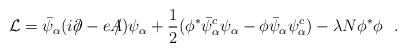
LaTeX: \begin{align*}{\cal L} = \bar {\psi}_\alpha (i \partial \! \! \! /- e A \! \! \! /)\psi_\alpha+ \frac{1}{2}( \phi^* \bar{\psi}^c_\alpha \psi_\alpha - \phi\bar{\psi}_\alpha \psi^c_\alpha ) - \lambda N \phi^* \phi \, \, \, \, .\end{align*}